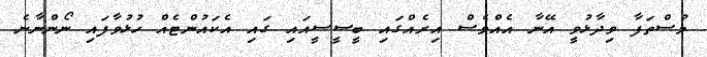
މުސްތަފާ ވިދާޅުވީ އޭނާ އެއްވެސް އިރެއްގައި ބީސީސީއައި ގައި އެކައުންޓެއް ހުޅުވާފައި ނޯންނާނެ